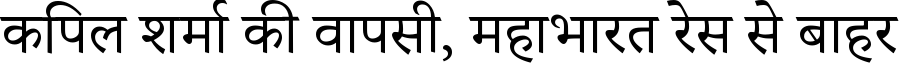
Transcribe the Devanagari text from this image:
कपिल शर्मा की वापसी, महाभारत रेस से बाहर